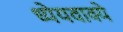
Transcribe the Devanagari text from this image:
ध्येयवाक्ये